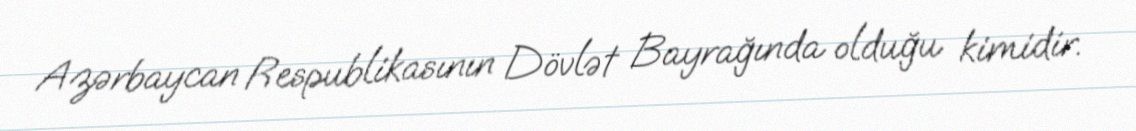
Azərbaycan Respublikasının Dövlət Bayrağında olduğu kimidir.